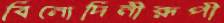
বিনোদিনীরূপী